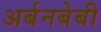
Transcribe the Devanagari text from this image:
अर्बनबेबी